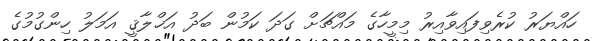
ހައްޔަރު ކުރެވިފައިވާއިރު މިމީހާގެ މައްޗަށް ގަދަ ކަމުން ބަދު އަޚްލާޤީ އަމަލު ހިންގުމުގެ